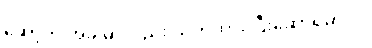
ဆော့တဲ့ အခါမှာလည်း သတိထား ပြီးဆော့ရမှာပါ။